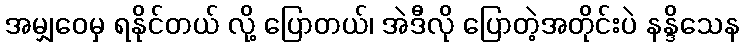
အမျှဝေမှ ရနိုင်တယ် လို့ ပြောတယ်၊ အဲဒီလို ပြောတဲ့အတိုင်းပဲ နန္ဒိသေန